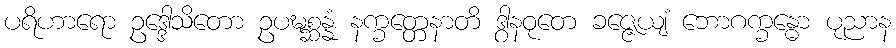
ပရိဟာရော ဥဒ္ဒေါသိတော ဥပဍ္ဎစ္ဆန္နံ နက္ခတ္တေနာတိ ဒွါနဝုတေ ခဇ္ဇေယျံ ဘောဂက္ခန္ဓော ပုညာန